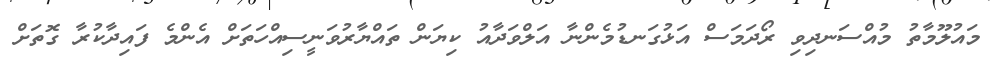
މައުލޫމާތު މުއްސަނދިވި ރޯދަމަސް އަޅުގަނޑުމެންނާ އަލްވަދާއު ކިޔަން ތައްޔާރުވަނީސިއްހަތަށް އެންމެ ފައިދާކުރާ ގޮތަށް